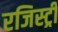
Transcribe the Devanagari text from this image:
रजिस्‍ट्री